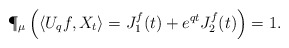
\begin{align*} \P_{\mu}\left(\langle U_qf,X_t\rangle=J_1^f(t)+e^{qt}J^f_2(t)\right)=1.\end{align*}